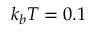
k _ { b } T = 0 . 1